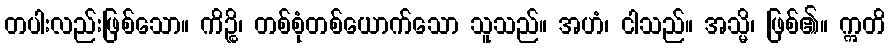
တပါးလည်းဖြစ်သော။ ကိဉ္စိ၊ တစ်စုံတစ်ယောက်သော သူသည်။ အဟံ၊ ငါသည်။ အသ္မိ၊ ဖြစ်၏။ ဣတိ